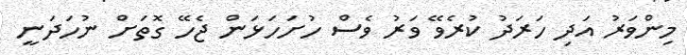
މިންވަރު އަދި ހަރަދު ކުރެވޭ ވަރު ވެސް ހުށަހަޅަން ޖެހޭ ގޮތަށް ނުހަދަނީ